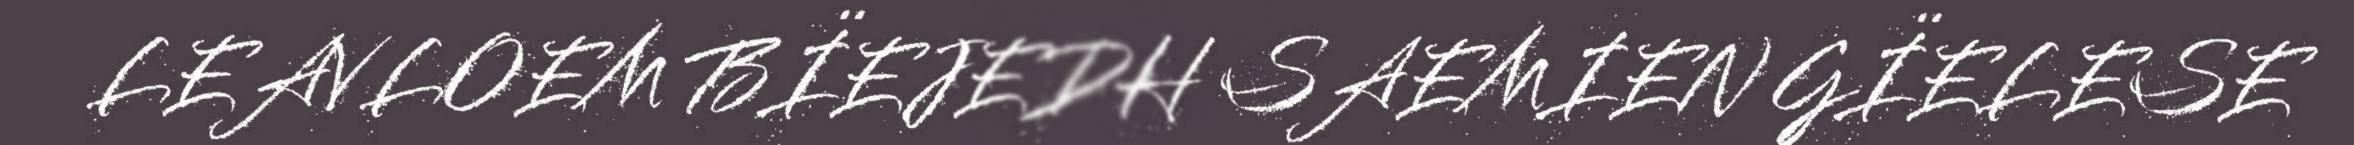
LEAVLOEM BÏEJEDH SAEMIEN GÏELESE